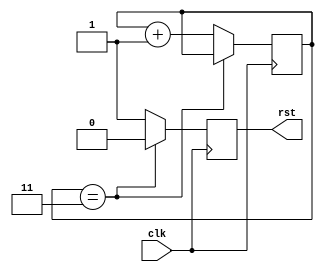
module resetGen (
    input clk,
    output reg rst
);

reg [1:0] cnt = 2'd0;
always @(posedge clk) begin
   if(cnt == 2'd3) rst <= 1'd0;
   else begin
      cnt <= cnt + 2'd1;
      rst <= 1'd1;
   end 
end
    
endmodule